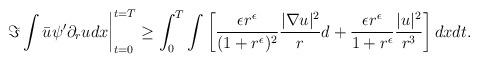
LaTeX: \begin{align*} \left. \Im\int\bar{u}\psi' \partial_{r} u dx\right|_{t=0}^{t=T} \ge \int_{0}^{T} \int \left[ \frac{\epsilon r^{\epsilon}}{(1+r^{\epsilon})^{2}} \frac{|\nabla u|^{2}}{r}d + \frac{\epsilon r^{\epsilon}}{1+r^{\epsilon}} \frac{|u|^{2}}{r^{3}} \right] dxdt. \end{align*}